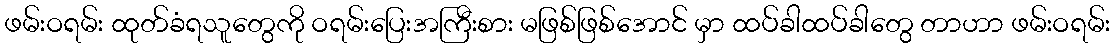
ဖမ်းဝရမ်း ထုတ်ခံရသူတွေကို ဝရမ်းပြေးအကြီးစား မဖြစ်ဖြစ်အောင် မှာ ထပ်ခါထပ်ခါတွေ တာဟာ ဖမ်းဝရမ်း